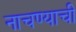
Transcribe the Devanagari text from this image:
नाचण्याची